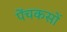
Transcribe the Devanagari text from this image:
पेंचकसों